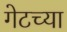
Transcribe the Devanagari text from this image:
गेटच्या